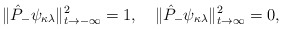
\begin{align*}\|\hat{P}_-\psi_{\kappa\lambda}\|^2_{t\rightarrow -\infty} = 1,\quad \|\hat{P}_-\psi_{\kappa\lambda}\|^2_{t\rightarrow \infty} = 0,\end{align*}